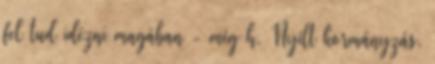
fel tud idézni magában - még h. Nyílt kormányzás,